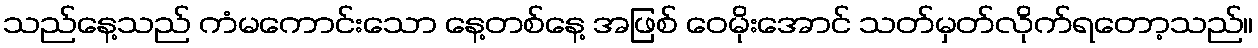
သည်နေ့သည် ကံမကောင်းသော နေ့တစ်နေ့ အဖြစ် ဝေမိုးအောင် သတ်မှတ်လိုက်ရတော့သည်။